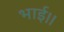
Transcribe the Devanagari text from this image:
भाई।।